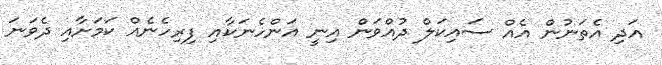
އަދި އެތަނުން އެއް ސައިކަލް ދުއްވަން އިނީ އަންހެނަކާއި ފިރިހެނެއް ކަމަށާއި ދެވަނަ